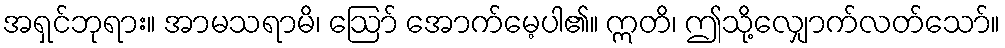
အရှင်ဘုရား။ အာမသရာမိ၊ ဩော် အောက်မေ့ပါ၏။ ဣတိ၊ ဤသို့လျှောက်လတ်သော်။